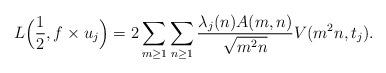
LaTeX: \begin{align*}L\Big(\frac{1}{2}, f \times u_j\Big)=2\sum_{m \geq 1} \sum_{n \geq 1}\frac{\lambda_j(n) A(m,n)}{\sqrt{m^2 n}}V(m^2n, t_j).\end{align*}